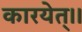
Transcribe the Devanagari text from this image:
कारयेत्।।